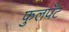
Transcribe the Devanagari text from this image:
फुलपँट